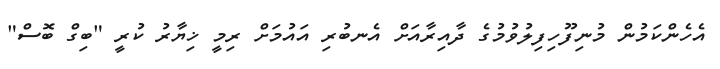
އެހެންކަމުން މުނިފޫހިފިލުވުމުގެ ދާއިރާއަށް އެނބުރި އައުމަށް ރިމީ ޚިޔާރު ކުރީ "ބިގް ބޮސް"